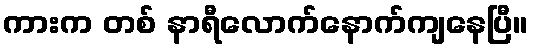
ကားက တစ် နာရီလောက်နောက်ကျနေပြီ။